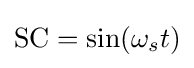
{\mbox{SC}}=\sin(\omega _{s}t)